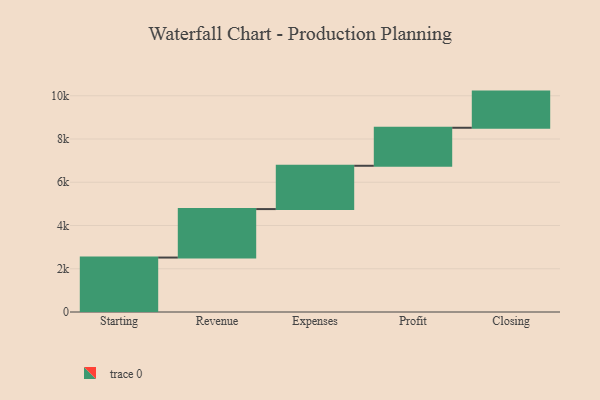
{"axis": {"x": "Step", "y": "Value"}, "legend": [""], "data": [{"x": "Starting", "y": 2518.0, "type": ""}, {"x": "Revenue", "y": 2241.0, "type": ""}, {"x": "Expenses", "y": 2003.0, "type": ""}, {"x": "Profit", "y": 1758.0, "type": ""}, {"x": "Closing", "y": 1672.0, "type": ""}]}